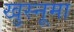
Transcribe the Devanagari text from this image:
खुस्नूमा